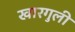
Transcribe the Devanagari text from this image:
खारगुली